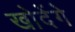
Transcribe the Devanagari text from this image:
खोदेंगे